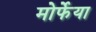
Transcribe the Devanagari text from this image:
मोर्फेया